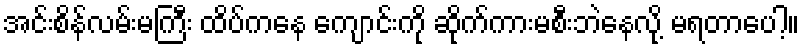
အင်းစိန်လမ်းမကြီး ထိပ်ကနေ ကျောင်းကို ဆိုက်ကားမစီးဘဲနေလို့ မရတာပေါ့။